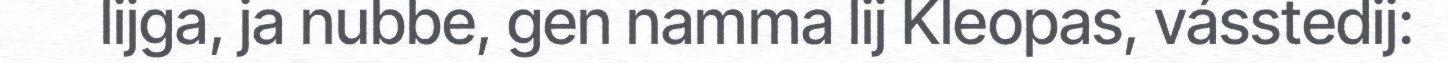
lijga, ja nubbe, gen namma lij Kleopas, vásstedij: